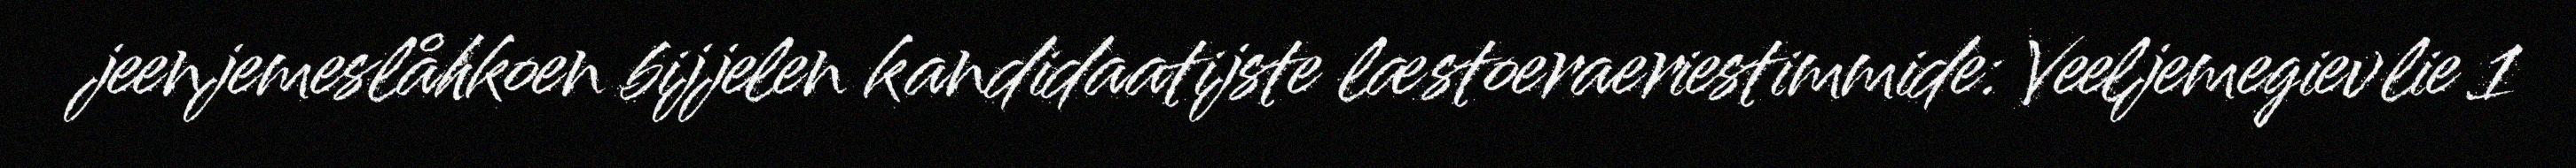
jeenjemeslåhkoen bijjelen kandidaatijste læstoeraeriestimmide: Veeljemegievlie 1